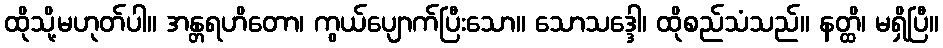
ထိုသို့မဟုတ်ပါ။ အန္တရဟိတော၊ ကွယ်ပျောက်ပြီးသော။ သောသဒ္ဒေါ၊ ထိုစည်သံသည်။ နတ္ထိ၊ မရှိပြီ။